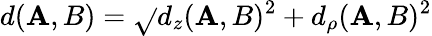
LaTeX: d(\mathbf{A},B)=\sqrt{}{{d_{z}(\mathbf{A},B)^{2}+d_{\rho}(\mathbf{A},B)^{2}}}